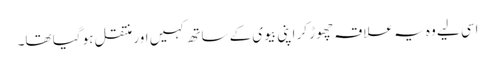
اسی لیے وہ یہ علاقہ چھوڑ کر اپنی بیوی کے ساتھ کہیں اور منتقل ہو گیا تھا۔